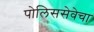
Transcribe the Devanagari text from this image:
पोलिससेवेचा